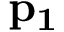
\mathbf { p _ { 1 } }